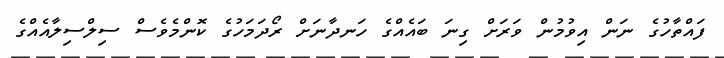
ފައްތާހުގެ ނަން އިވުމުން ވަރަށް ގިނަ ބައެއްގެ ހަނދާނަށް ރޯދަމަހުގެ ކޮންމެވެސް ސިލްސިލާއެއްގެ